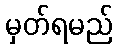
မှတ်ရမည်